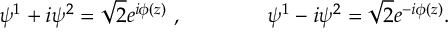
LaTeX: \psi ^ { 1 } + i \psi ^ { 2 } = \sqrt 2 e ^ { i \phi ( z ) } \ , \qquad \qquad \psi ^ { 1 } - i \psi ^ { 2 } = \sqrt 2 e ^ { - i \phi ( z ) } .